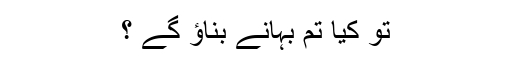
تو کیا تم بہانے بناؤ گے ؟